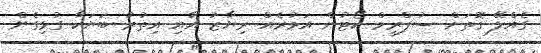
ގެއްލޭ ގޮތަށް ސުޕްރީމް ކޯޓުން އަމުރެއް ރިޔާޒު އާއި އިތުރު ބަޔަކާ ގުޅިގެން